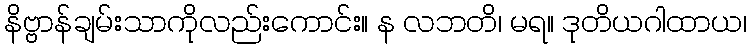
နိဗ္ဗာန်ချမ်းသာကိုလည်းကောင်း။ န လဘတိ၊ မရ။ ဒုတိယဂါထာယ၊